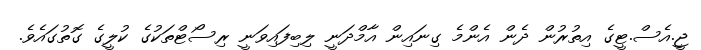
ޖީ.އެސް.ޓީގެ އިތުރުން ދެން އެންމެ ގިނައިން އާމްދަނީ ލިބިފައިވަނީ ރިސޯޓްތަކުގެ ކުލީގެ ގޮތުގައެވެ.